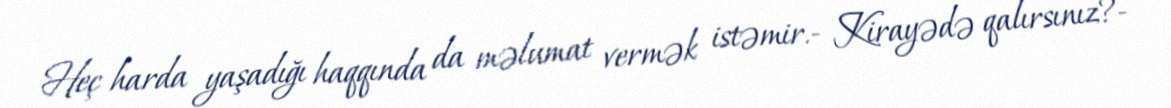
Heç harda yaşadığı haqqında da məlumat vermək istəmir.- Kirayədə qalırsınız?-